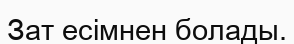
Зат есімнен болады.